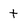
Character: t